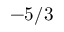
- 5 / 3